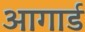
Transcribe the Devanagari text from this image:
आगार्ड